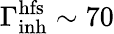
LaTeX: \Gamma_{\mathrm{inh}}^{\mathrm{hfs}}\sim 70